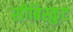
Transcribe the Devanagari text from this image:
सीबिस्कुट